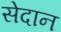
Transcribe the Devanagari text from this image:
सेदान